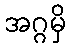
အဂ္ဂမှိ